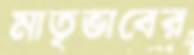
মাতৃভাবের